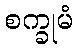
စက္ခုမံ